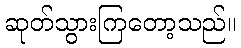
ဆုတ်သွားကြတော့သည်။